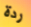
ردة